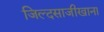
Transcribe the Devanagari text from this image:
जिल्दसाजीखाना